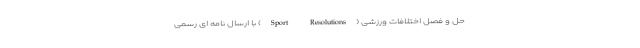
حل و فصل اختلافات ورزشی (Sport Resolutions) با ارسال نامه ای رسمی